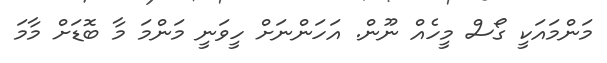
މަންމައަކީ ގޯސް މީހެއް ނޫން. އަހަންނަށް ހީވަނީ މަންމަ މާ ބޮޑަށް މާމަ